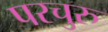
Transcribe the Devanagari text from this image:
परचुरु